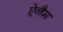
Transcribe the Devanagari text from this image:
ऐनैम